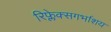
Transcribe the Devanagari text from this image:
रिफ्लेक्सगर्भाशय